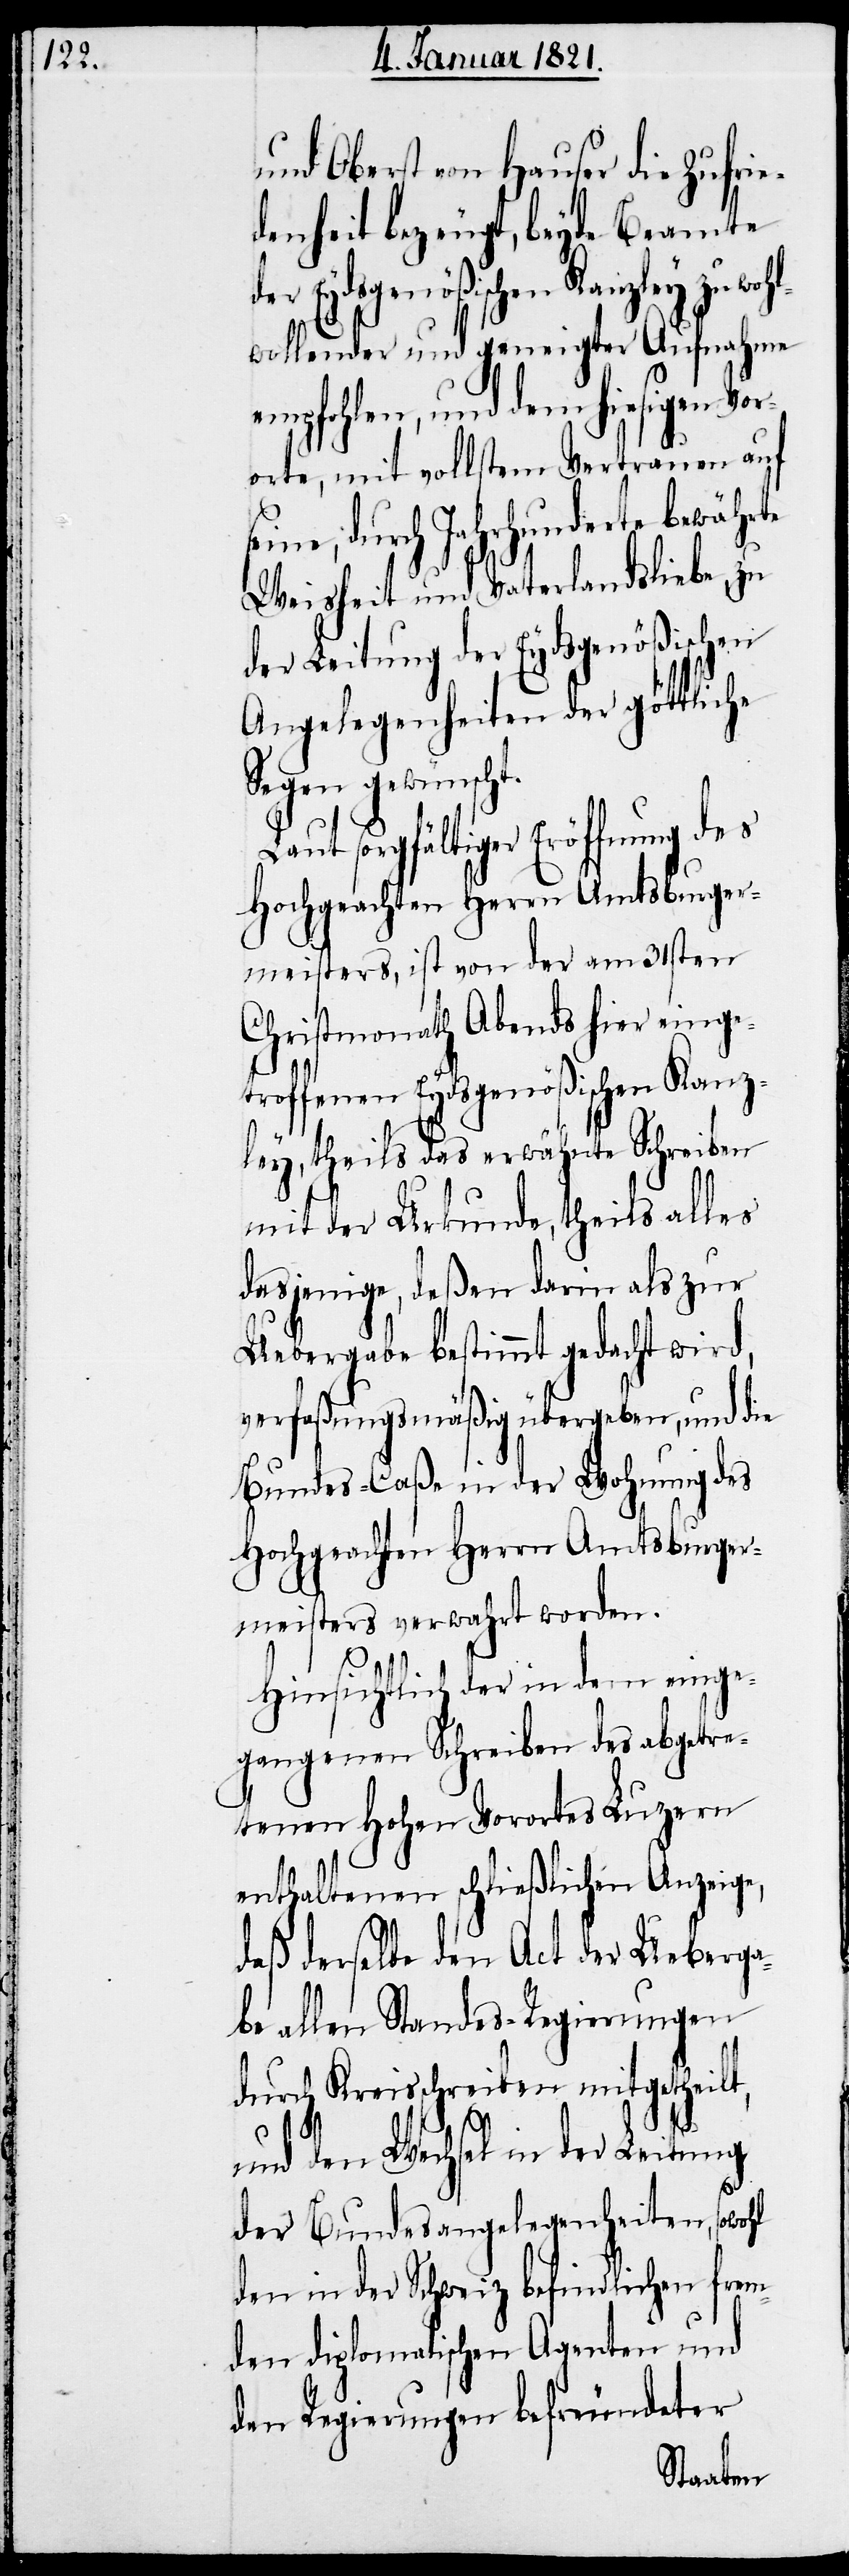
und Oberst von Hauser die Zufrie¬
denheit bezeugt, beyde Beamte
Eydsgenößischen Kanzley zu
wohlwollender und geneigter Aufnahme
empfohlen, und dem hiesigen Vor¬
orte, mit vollstem Vertrauen auf
durch Jahrhunderte
Weisheit und Vaterlandsliebe, zu
der Leitung der Eydsgenößischen
Angelegenheiten der göttliche
Segen gewünscht.
Laut sorgfältiger Eröffnung des
Hochgeachten Herrn Amtsburger¬
meisters, ist von der am 31sten
Christmonath Abends hier einge¬
troffenen Eydsgenößischen Kanz¬
ley, theils das erwähnte Schreiben
mit der Urkunde, theils alles
dasjenige, deßen darin als zur
Uebergabe bestimmt gedacht wird,
verfaßungsmäßig übergeben, und die
Bundes-Caße in der Wohnung des
Hochgeachten Herrn Amtsburger¬
meisters verwahrt worden.
Hinsichtlich der in dem einge¬
gangenen Schreiben des abgetre¬
tenen hohen Vorortes Luzern
enthaltenen schließlichen Anzeige,
daß derselbe den Act der Ueberga¬
be allen Standes-Regierungen
durch Kreisschreiben mitgetheilt,
und den Wechsel in der Leitung
der Bundesangelegenheiten, sowohl
den in der Schweiz befindlichen frem¬
den diplomatischen Agenten und
den Regierungen befreundeter